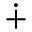
\dotplus